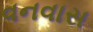
વનવાસ